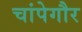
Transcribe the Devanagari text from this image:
चांपेगौर